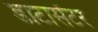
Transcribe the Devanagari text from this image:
डाटासेंटर